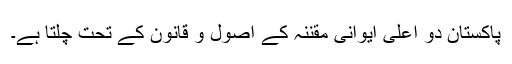
پاکستان دو اعلیٰ ایوانی مقننہ کے اصول و قانون کے تحت چلتا ہے۔